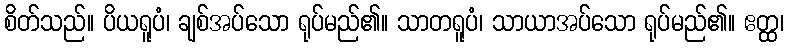
စိတ်သည်။ ပိယရူပံ၊ ချစ်အပ်သော ရုပ်မည်၏။ သာတရူပံ၊ သာယာအပ်သော ရုပ်မည်၏။ ဧတ္ထ၊